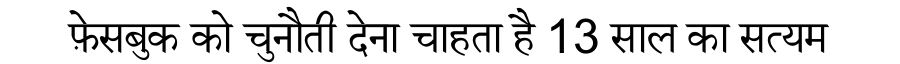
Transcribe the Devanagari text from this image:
फ़ेसबुक को चुनौती देना चाहता है 13 साल का सत्यम